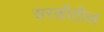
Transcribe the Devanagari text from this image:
सरकीतील